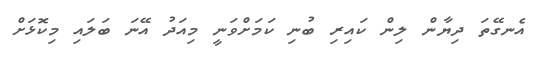
އެނގޭތަ ދިޔާން ލިން ކައިރި ބުނި ކަމަށްވަނީ މިއަދު އޭނަ ބަލައި މިކޮޅަށް